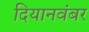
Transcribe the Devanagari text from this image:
दियानवंबर